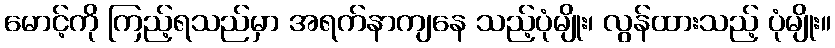
မောင့်ကို ကြည့်ရသည်မှာ အရက်နာကျနေ သည့်ပုံမျိုး၊ လွန်ထားသည့် ပုံမျိုး။